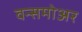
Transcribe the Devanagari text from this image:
वन्समोअर